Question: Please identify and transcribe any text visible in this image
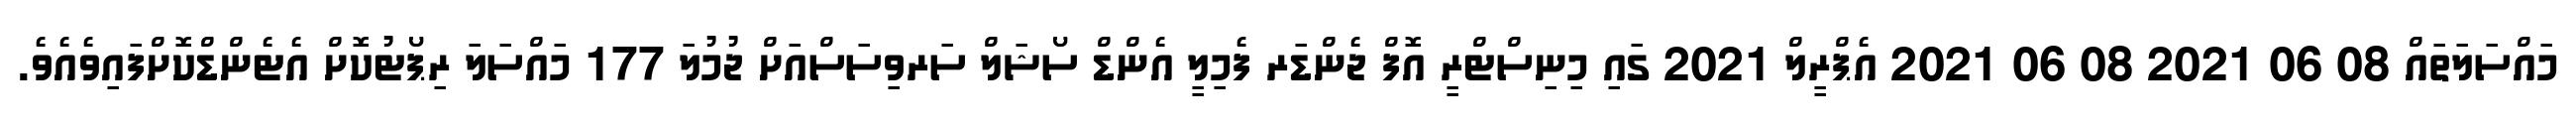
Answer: މައްސަލަތައް 08 06 2021 08 06 2021 އެޕްރީލް 2021 ގައި މިނިސްޓްރީ އޮފް ޖެންޑަރ ފެމިލީ އެންޑް ސޯޝަލް ސަރވިސަސްއަށް ޖުމުލަ 177 މައްސަލަ ރިޕޯޓުކޮށް އެޓެންޑްކޮށްފައިވެއެވެ.